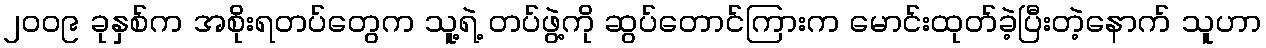
၂၀၀၉ ခုနှစ်က အစိုးရတပ်တွေက သူ့ရဲ့ တပ်ဖွဲ့ကို ဆွပ်တောင်ကြားက မောင်းထုတ်ခဲ့ပြီးတဲ့နောက် သူဟာ